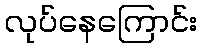
လုပ်နေကြောင်း